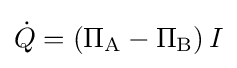
{\dot {Q}}=\left(\Pi _{\mathrm {A} }-\Pi _{\mathrm {B} }\right)I